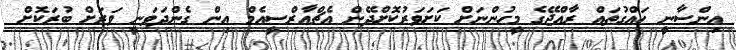
އިންސާނީ ހައްގުތައް ރާއްޖޭގެ މީހުންނަށް ކަށަވަރުކޮށްދޭން އެޗްއާރްސީއެމް އިން ގެންދަވަނީ ވަރަށް ބުރަކޮށް